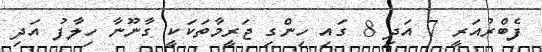
ފެބްރުއަރީ 7 އަދި 8 ގައި ހިންގި ޖަރީމާތަކަކީ ގާނޫނާ ހިލާފު އަދި